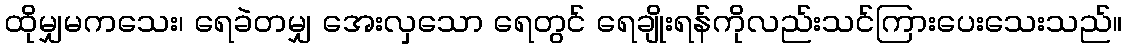
ထိုမျှမကသေး၊ ရေခဲတမျှ အေးလှသော ရေတွင် ရေချိုးရန်ကိုလည်းသင်ကြားပေးသေးသည်။